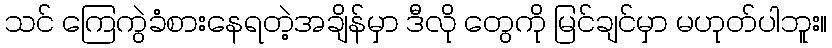
သင် ကြေကွဲခံစားနေရတဲ့အချိန်မှာ ဒီလို တွေကို မြင်ချင်မှာ မဟုတ်ပါဘူး။